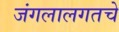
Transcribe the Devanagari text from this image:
जंगलालगतचे